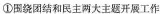
①围绕团结和民主两大主题开展工作